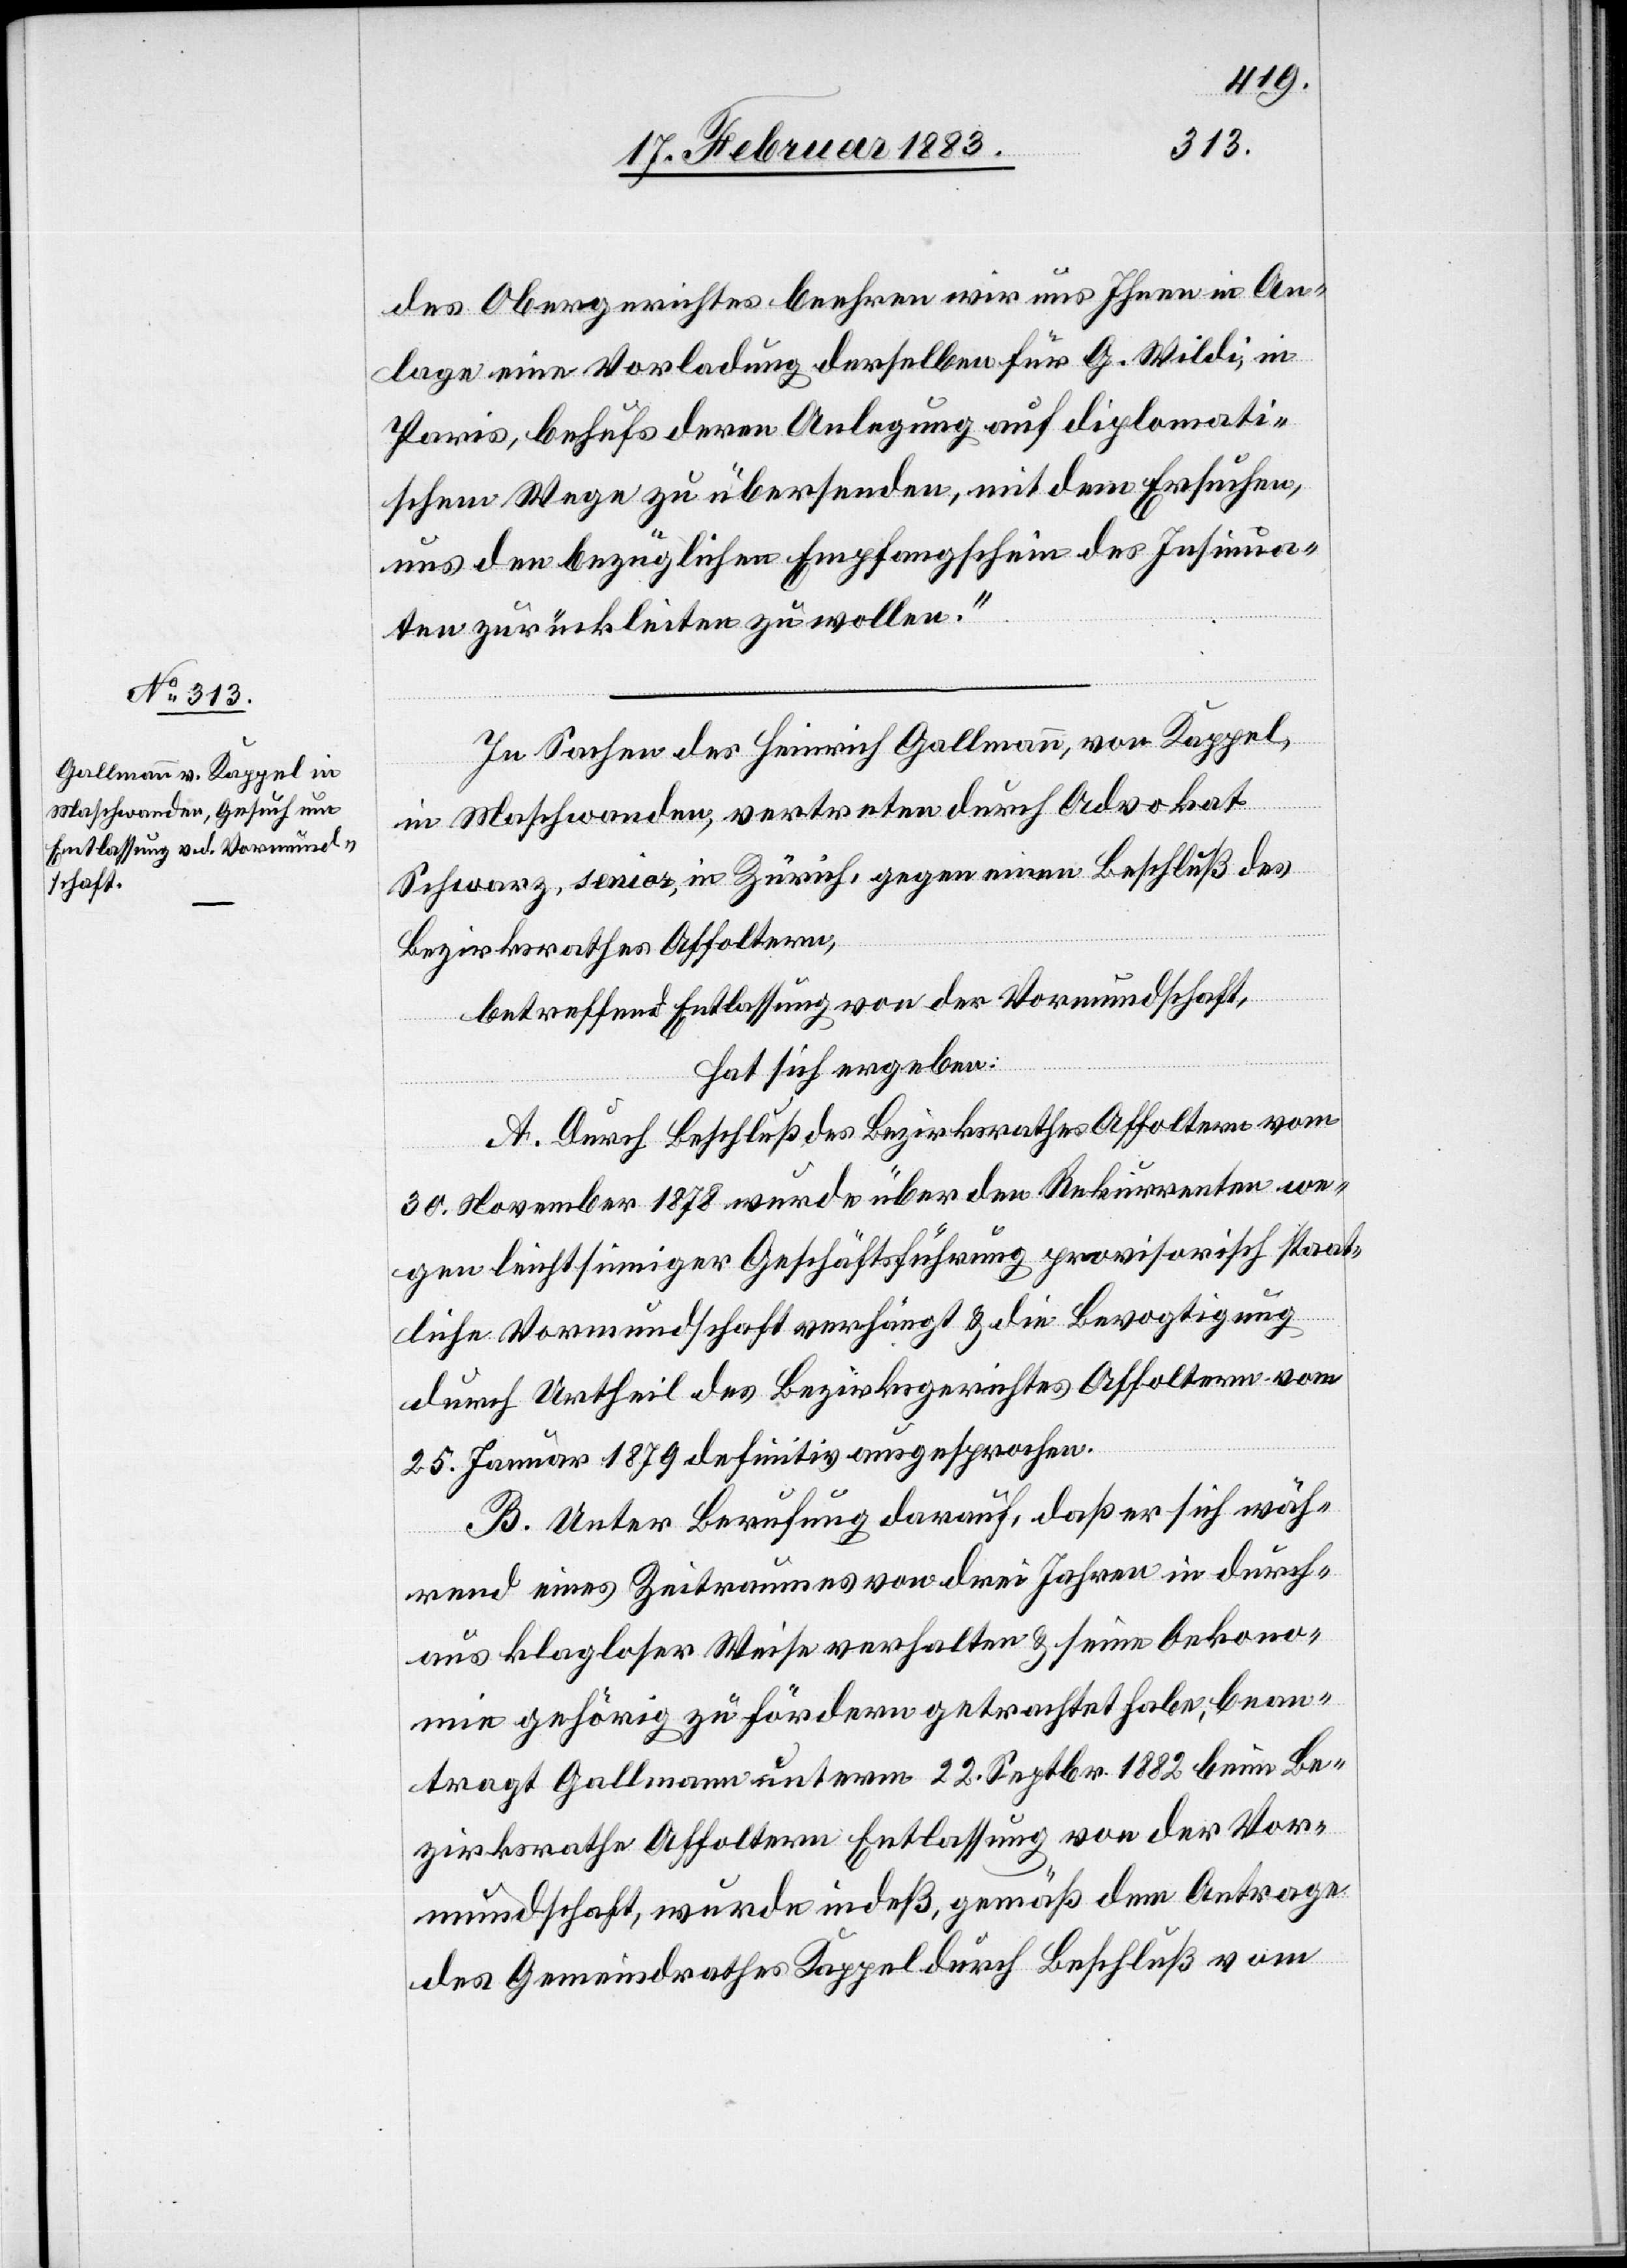
des Obergerichtes beehren wir uns Ihnen in An¬
lage eine Vorladung derselben für G. Wildi, in
Paris, behufs deren Anlegung auf diplomati¬
schem Wege zu übersenden, mit dem Ersuchen,
uns den bezüglichen Empfangschein des Insinua¬
ten zurückleiten zu wollen.“
In Sachen des Heinrich Gallmann, von Kappel,
in Maschwanden, vertreten durch Advokat
Schwarz, senior, in Zürich, gegen einen Beschluß des
Bezirksrathes Affoltern,
betreffend Entlassung von der Vormundschaft,
hat sich ergeben:
A. Durch Beschluß des Bezirksrathes Affoltern vom
30. November 1878 wurde über den Rekurrenten we¬
gen leichtsinniger Geschäftsführung provisorisch staat¬
liche Vormundschaft verhängt & die Bevogtigung
durch Urtheil des Bezirksgerichtes Affoltern vom
25. Januar 1879 definitiv ausgesprochen.
B. Unter Berufung darauf, daß er sich wäh¬
rend eines Zeitraumes von drei Jahren in durch¬
aus klagloser Weise verhalten & seine Oekono¬
mie gehörig zu fördern getrachtet habe, bean¬
tragt Gallmann unterm 22. Septbr. 1882 beim Be¬
zirksrathe Affoltern Entlassung von der Vor¬
mundschaft, wurde indeß, gemäß dem Antrage
des Gemeindrathes Kappel durch Beschluß vom